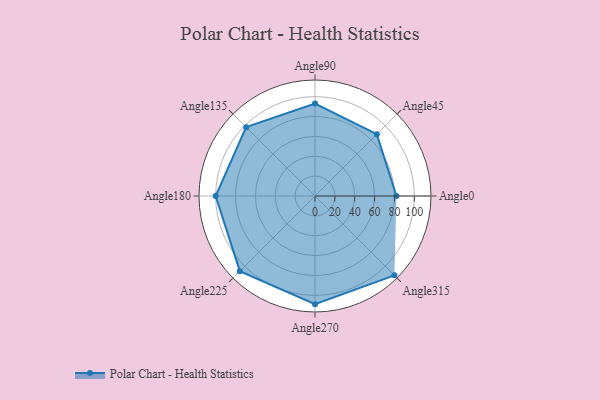
{"axis": {"x": "Angle", "y": "Radius"}, "legend": [""], "data": [{"x": "Angle0", "y": 82.0, "type": ""}, {"x": "Angle45", "y": 88.0, "type": ""}, {"x": "Angle90", "y": 93.0, "type": ""}, {"x": "Angle135", "y": 98.0, "type": ""}, {"x": "Angle180", "y": 100.0, "type": ""}, {"x": "Angle225", "y": 107.0, "type": ""}, {"x": "Angle270", "y": 109.0, "type": ""}, {"x": "Angle315", "y": 113.0, "type": ""}]}